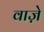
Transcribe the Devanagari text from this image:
वाज़े